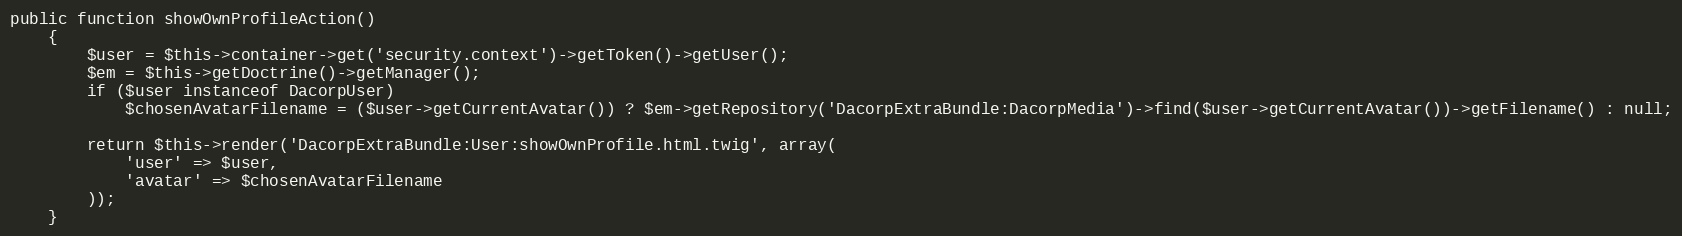
Language: PHP
public function showOwnProfileAction()
    {
        $user = $this->container->get('security.context')->getToken()->getUser();
        $em = $this->getDoctrine()->getManager();
        if ($user instanceof DacorpUser)
            $chosenAvatarFilename = ($user->getCurrentAvatar()) ? $em->getRepository('DacorpExtraBundle:DacorpMedia')->find($user->getCurrentAvatar())->getFilename() : null;

        return $this->render('DacorpExtraBundle:User:showOwnProfile.html.twig', array(
            'user' => $user,
            'avatar' => $chosenAvatarFilename
        ));
    }